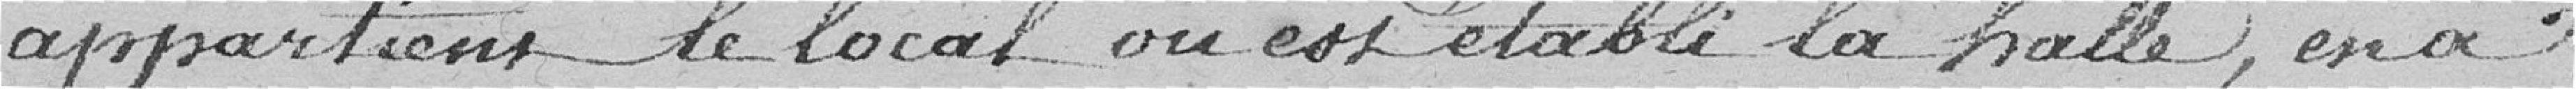
appartient le local où est établie la halle, aura